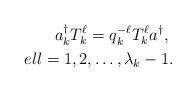
LaTeX: \begin{align*}a_{k}^{\dagger}T_{k}^\ell=q_k^{-\ell} T_{k}^\ell a^{\dagger},\ \\ell=1,2,\ldots,\lambda_k-1.\end{align*}